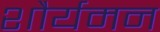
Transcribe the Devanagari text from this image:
शौर्यमन